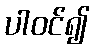
ပါဝင်၍